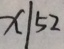
x \vert 5 2